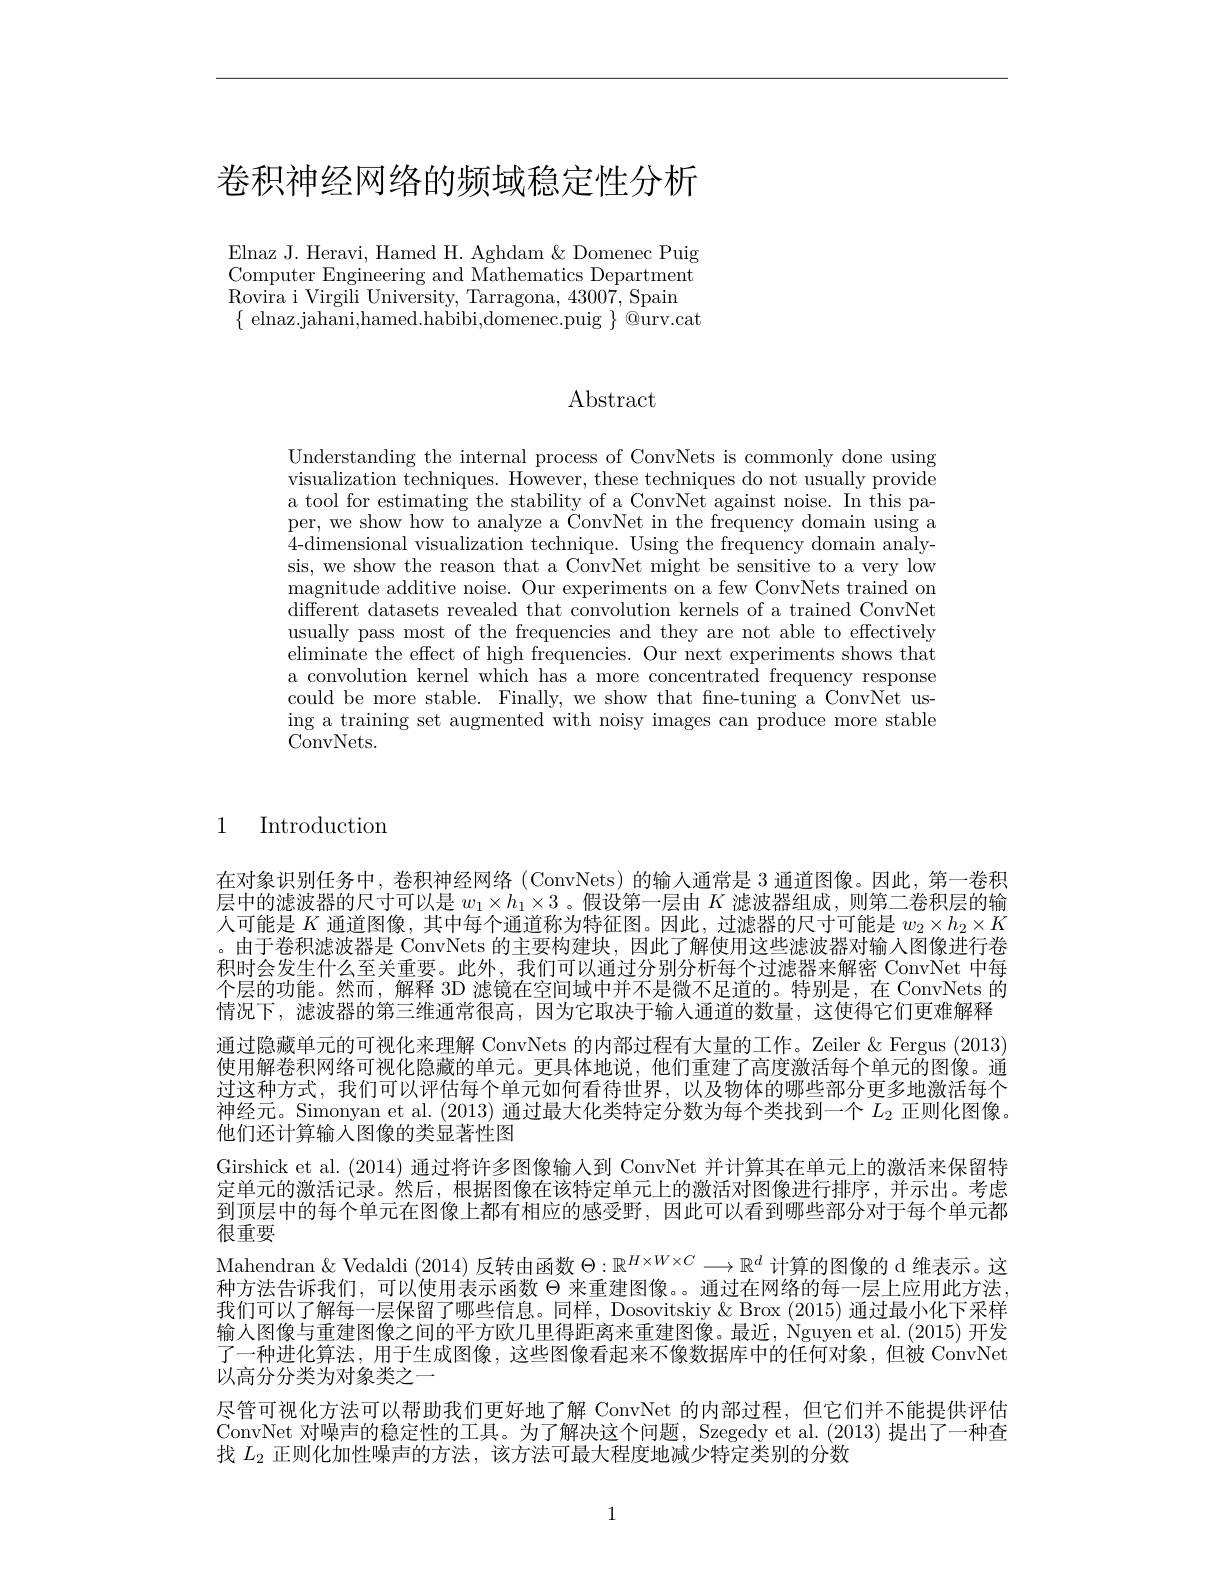
# 卷积神经网络的频域稳定性分析

Elnaz J. Heravi, Hamed H. Aghdam & Domenec Puig Computer Engineering and Mathematics Department $\begin{array}{l}{\mathrm{Rovira~i~Virgili~University,~Tarragona,~43007,~Spain}}\\{\{~\mathrm{elnaz.jahani,hamed.habibi,domenec.puig~\}~@urv.cat}}\end{array}$

# Abstract

Understanding the internal process of ConvNets is commonly done using visualization techniques. However, these techniques do not usually provide a tool for estimating the stability of a ConvNet against noise. In this paper, we show how to analyze a ConvNet in the frequency domain using a 4-dimensional visualization technique. Using the frequency domain analysis, we show the reason that a ConvNet might be sensitive to a very low magnitude additive noise. Our experiments on a few ConvNets trained on different datasets revealed that convolution kernels of a trained ConvNet usually pass most of the frequencies and they are not able to effectively eliminate the effect of high frequencies. Our next experiments shows that a convolution kernel which has a more concentrated frequency response could be more stable. Finally, we show that fine-tuning a ConvNet using a training set augmented with noisy images can produce more stable ConvNets.

1

Introduction

在对象识别任务中，卷积神经网络(ConvNets)的输人通常是 3 通道图像。因此，第一卷积层中的滤波器的尺寸可以是$w_1\times h_1\times3$ 。假设第一层由$K$滤波器组成，则第二卷积层的输人可能是$K$通道图像，其中每个通道称为特征图。因此，过滤器的尺寸可能是$w_2\times h_2\times K$ 。由于卷积滤波器是 ConvNets 的主要构建块，因此了解使用这些滤波器对输入图像进行卷积时会发生什么至关重要。此外，我们可以通过分别分析每个过滤器来解密 ConvNet 中每个层的功能。然而，解释 3D 滤镜在空间域中并不是微不足道的。特别是，在 ConvNets 的情况下，滤波器的第三维通常很高，因为它取决于输入通道的数量，这使得它们更难解释通过隐藏单元的可视化来理解 ConvNets 的内部过程有大量的工作。Zeiler &Fergus (2013) 使用解卷积网络可视化隐藏的单元。更具体地说，他们重建了高度激活每个单元的图像。通过这种方式，我们可以评估每个单元如何看待世界，以及物体的哪些部分更多地激活每个神经元。Simonyan et al. (2013) 通过最大化类特定分数为每个类找到一个$L_{2}$正则化图像。他们还计算输入图像的类显著性图
Girshick et al. (2014) 通过将许多图像输人到 ConvNet 并计算其在单元上的激活来保留特定单元的激活记录。然后，根据图像在该特定单元上的激活对图像进行排序，并示出。考虑到顶层中的每个单元在图像上都有相应的感受野，因此可以看到哪些部分对于每个单元都很重要
Mahendran & Vedaldi (2014) 反转由函数$\Theta:\mathbb{R}^{H\times W\times C}\longrightarrow\mathbb{R}^d$计算的图像的 d 维表示。这种方法告诉我们，可以使用表示函数$\Theta$来重建图像。。通过在网络的每一层上应用此方法， 我们可以了解每一层保留了哪些信息。同样，Dosovitskiy& Brox (2015) 通过最小化下采样输入图像与重建图像之间的平方欧几里得距离来重建图像。最近，Nguyen et al.(2015) 开发了一种进化算法，用于生成图像，这些图像看起来不像数据库中的任何对象，但被 ConvNet 以高分分类为对象类之一
尽管可视化方法可以帮助我们更好地了解 ConvNet 的内部过程，但它们并不能提供评估ConvNet 对噪声的稳定性的工具。为了解决这个问题，Szegedy et al. (2013) 提出了一种查找$L_2$正则化加性噪声的方法，该方法可最大程度地减少特定类别的分数

1